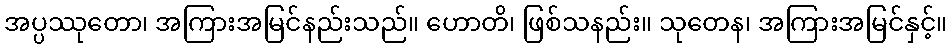
အပ္ပဿုတော၊ အကြားအမြင်နည်းသည်။ ဟောတိ၊ ဖြစ်သနည်း။ သုတေန၊ အကြားအမြင်နှင့်။